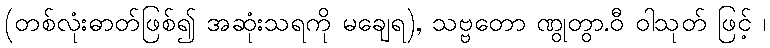
(တစ်လုံးဓာတ်ဖြစ်၍ အဆုံးသရကို မချေရ), သဗ္ဗတော ဏွုတွာ.ဝီ ဝါသုတ် ဖြင့် ၊